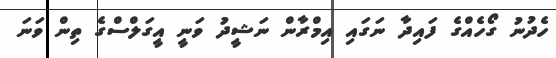
ހެދުނު ގޯހެއްގެ ފައިދާ ނަގައި އިމްރާން ނަޝީދު ވަނީ އީގަލްސްގެ ތިން ވަނަ